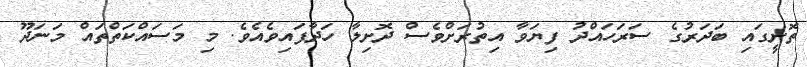
ތޮށީގައި ބަދަރުގެ ސަރަހައްދު ފިޔަވާ އިތުރަށްވެސް ދޮށިލާ ހަދާފައިވެއެވެ. މި މަސައްކަތްތައް މަނަދޫ